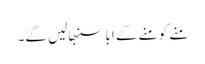
منے کو منے کے ابا سنبھالیں گے۔